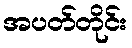
အပတ်တိုင်း